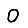
Digit: 0